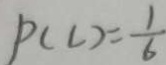
P ( C ) = \frac { 1 } { 6 }